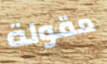
مقولة